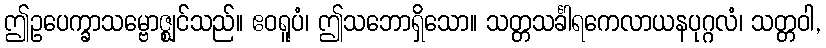
ဤဥပေက္ခာသမ္ဗောဇ္ဈင်သည်။ ဧဝရူပံ၊ ဤသဘောရှိသော။ သတ္တသင်္ခါရကေလာယနပုဂ္ဂလံ၊ သတ္တဝါ,